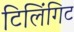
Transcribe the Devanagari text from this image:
टिलिंगिट